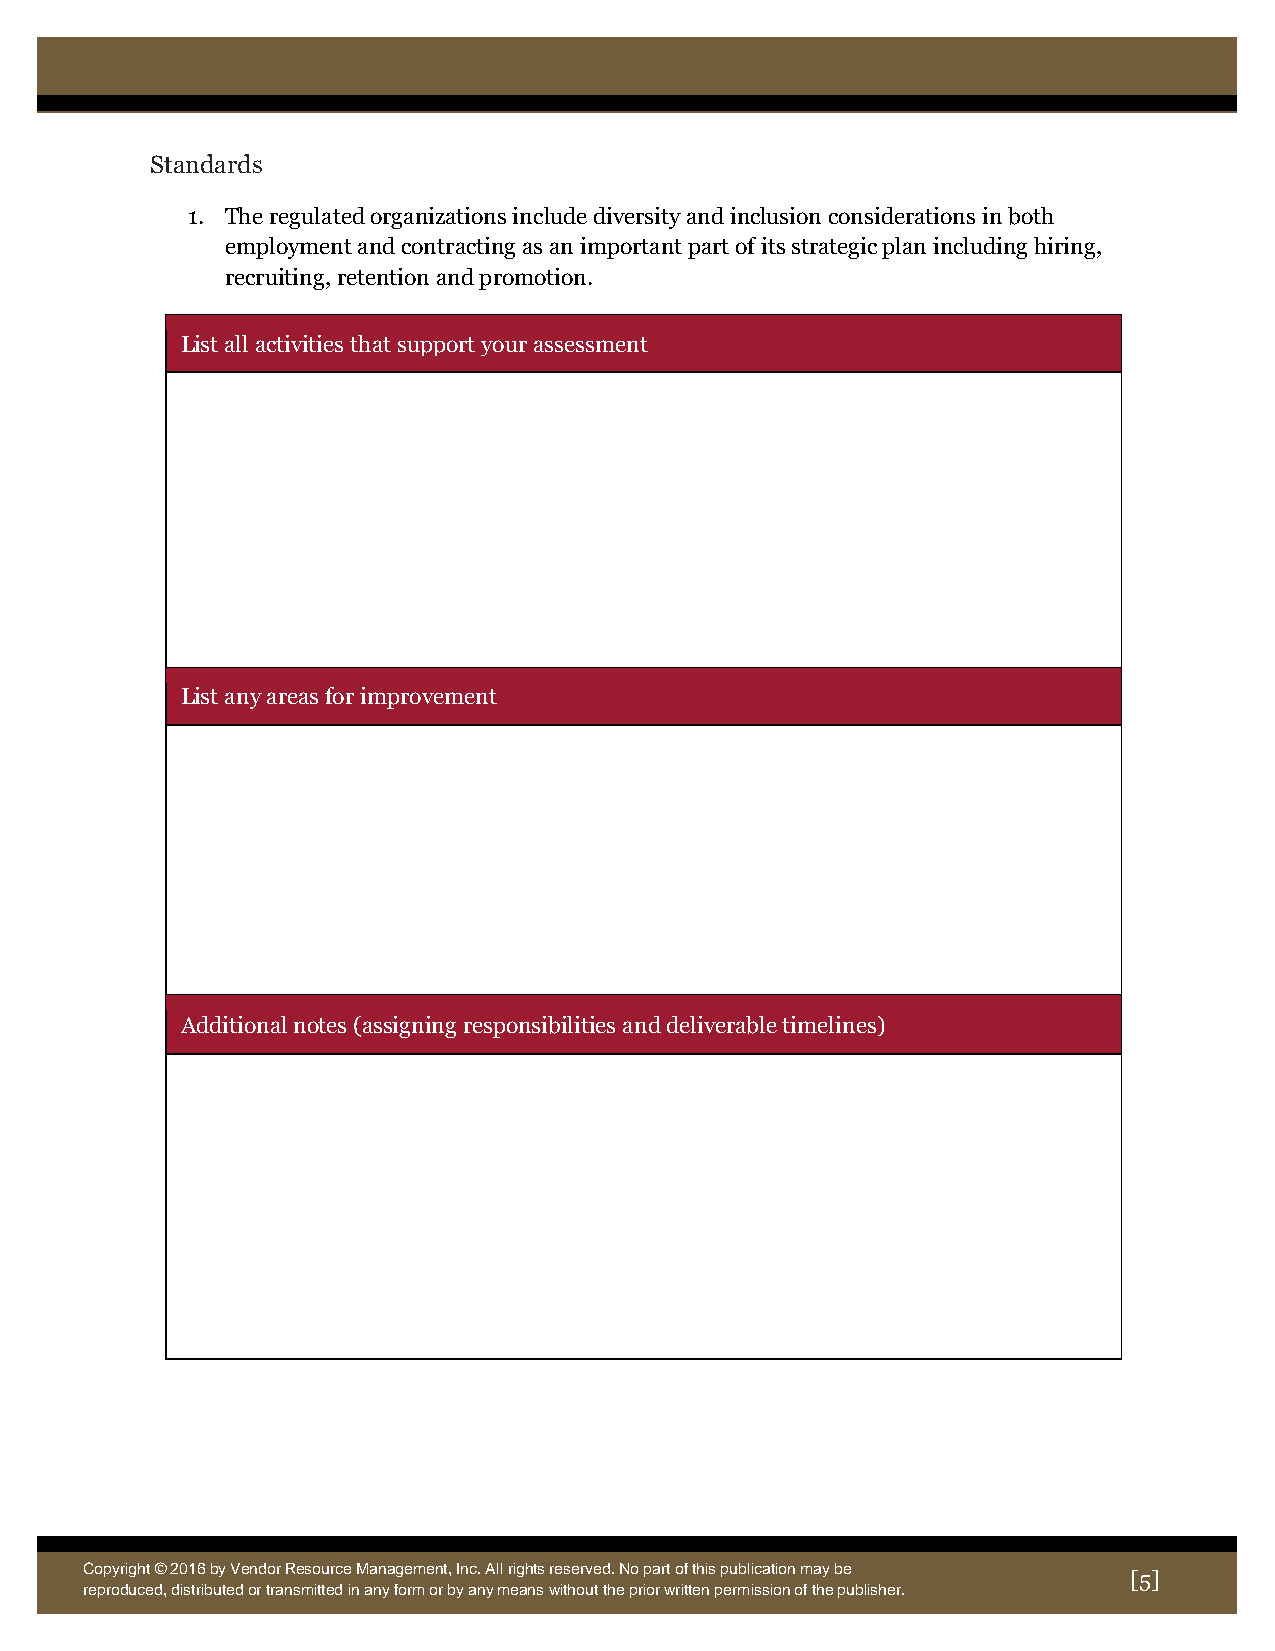
Standards
 1. The regulated organizations include diversity and inclusion considerations in both
 employment and contracting as an important part of its strategic plan including hiring,
 recruiting, retention and promotion.
 List all activities that support your assessment
 List any areas for improvement
 Additional notes (assigning responsibilities and deliverable timelines)
 Copyright © 2016 by Vendor Resource Management, Inc. All rights reserved. No part of this publication may be
 [5]
 reproduce d, distributed or transmitted in any form or by any means without the prior written permission of the publisher.